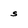
Character: s